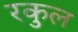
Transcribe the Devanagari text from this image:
रकुल